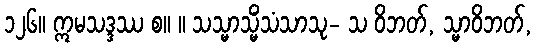
၁၂၆။ ဣမသဒ္ဒဿ စ။ ။ သသ္မာသ္မိံသံသာသု- သ ဝိဘတ်, သ္မာဝိဘတ်,